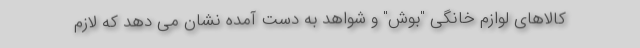
کالاهای لوازم خانگی "بوش" و شواهد به دست آمده نشان می دهد که لازم